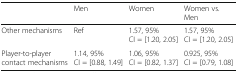
<table><thead><tr><td></td><td><b>Men</b></td><td><b>Women</b></td><td><b>Women vs. Men</b></td></tr></thead><tbody><tr><td>Other mechanisms</td><td>Ref</td><td>1.57, 95% CI = [1.20, 2.05]</td><td>1.57, 95% CI = [1.20, 2.05]</td></tr><tr><td>Player-to-player contact mechanisms</td><td>1.14, 95% CI = [0.88, 1.49]</td><td>1.06, 95% CI = [0.82, 1.37]</td><td>0.925, 95% CI = [0.79, 1.08]</td></tr></tbody></table>